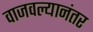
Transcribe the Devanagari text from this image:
वाजवल्यानंतर